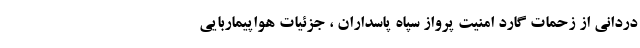
دردانی از زحمات گارد امنیت پرواز سپاه پاسداران ، جزئیات هواپیماربایی